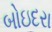
બોઇદરા